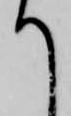
て